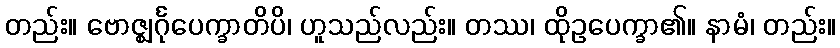
တည်း။ ဗောဇ္ဈင်္ဂုပေက္ခာတိပိ၊ ဟူသည်လည်း။ တဿ၊ ထိုဥပေက္ခာ၏။ နာမံ၊ တည်း။